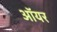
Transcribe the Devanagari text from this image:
ऑयर